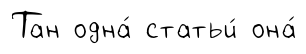
Тан одна́ статьи́ она́